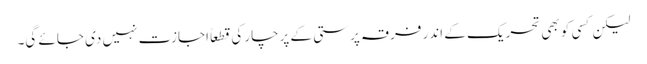
لیکن کسی کو بھی تحریک کے اندر فرقہ پرستی کے پرچار کی قطعاً اجازت نہیں دی جائے گی۔